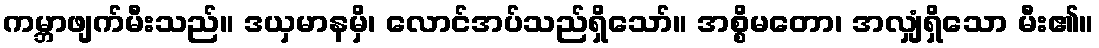
ကမ္ဘာဖျက်မီးသည်။ ဒယှမာနမှိ၊ လောင်အပ်သည်ရှိသော်။ အစ္စိမတော၊ အလျှံရှိသော မီး၏။